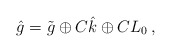
\begin{align*}\hat{g}=\tilde{g}\oplus C\hat{k}\oplus C L_{0}\,,\end{align*}